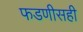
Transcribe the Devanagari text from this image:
फडणीसही